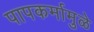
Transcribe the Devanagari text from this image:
पापकर्मामुळे